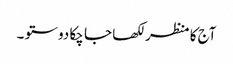
آج کا منظر لکھا جا چکا دوستو ۔